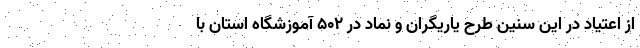
از اعتیاد در این سنین طرح یاریگران و نماد در 502 آموزشگاه استان با